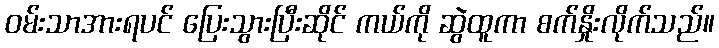
ဝမ်းသာအားရပင် ပြေးသွားပြီးဆိုင် ကယ်ကို ဆွဲထူကာ စက်နှိုးလိုက်သည်။